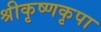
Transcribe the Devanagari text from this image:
श्रीकृष्णकृपा